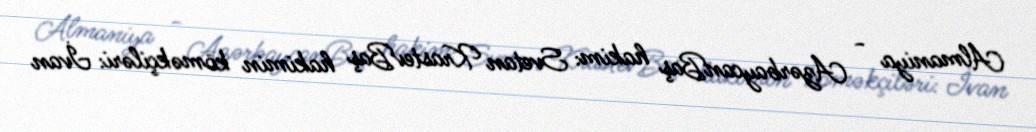
Almaniya - AzərbaycanBaş hakim: Svetan KrastevBaş hakimin köməkçiləri: İvan